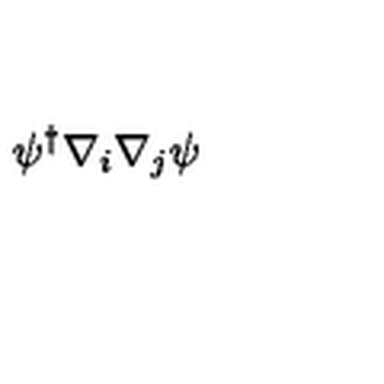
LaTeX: \psi ^ { \dagger } \nabla _ { i } \nabla _ { j } \psi